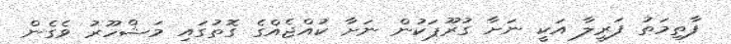
ފާތިމަތު ފަރީލާ އަކީ ނަށާ ގުރޫޕަކުން ނަށާ ކުއްޖެއްގެ ގޮތުގައި މަޝްހޫރު ވެގެން